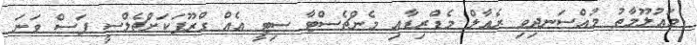
މައުލޫމާތު މުއްސަނދިވި ރެއާލް މެޑްރިޑާއި މެންޗެސްޓާ ސިޓީ އެއް ގްރޫޕަކަށްޗެލްސީ ފަސް ވަނަ